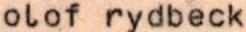
olof rydbeck